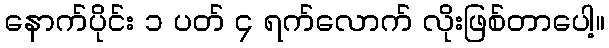
နောက်ပိုင်း ၁ ပတ် ၄ ရက်လောက် လိုးဖြစ်တာပေါ့။